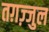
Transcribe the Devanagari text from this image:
तग़ज़्जुल